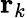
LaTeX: \mathbf{r}_{k}